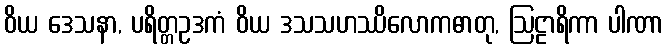
ဝိယ ဒေသနာ, ပရိတ္တဥဒကံ ဝိယ ဒသသဟဿိလောကဓာတု, ဩဠာရိကာ ပါဏာ